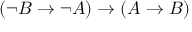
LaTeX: ( \neg B \to \neg A ) \to ( A \to B )